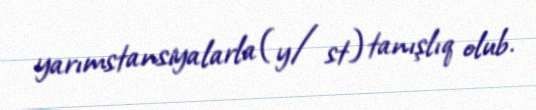
yarımstansiyalarla (y/st) tanışlıq olub.